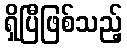
ရှိပြီဖြစ်သည့်